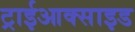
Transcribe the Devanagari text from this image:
ट्राईआक्साइड